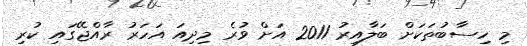
މި ހިސާބުތަކަށް ބަލާއިރު 2011 އަށް ވުރެ މިދިއަ އަހަރު ރާއްޖޭގައި ކުރި